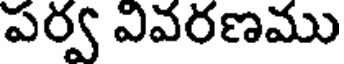
పర్వ వివరణము